Report on vaccination proceedings throughout the Government of Bengal -
Year: 1868
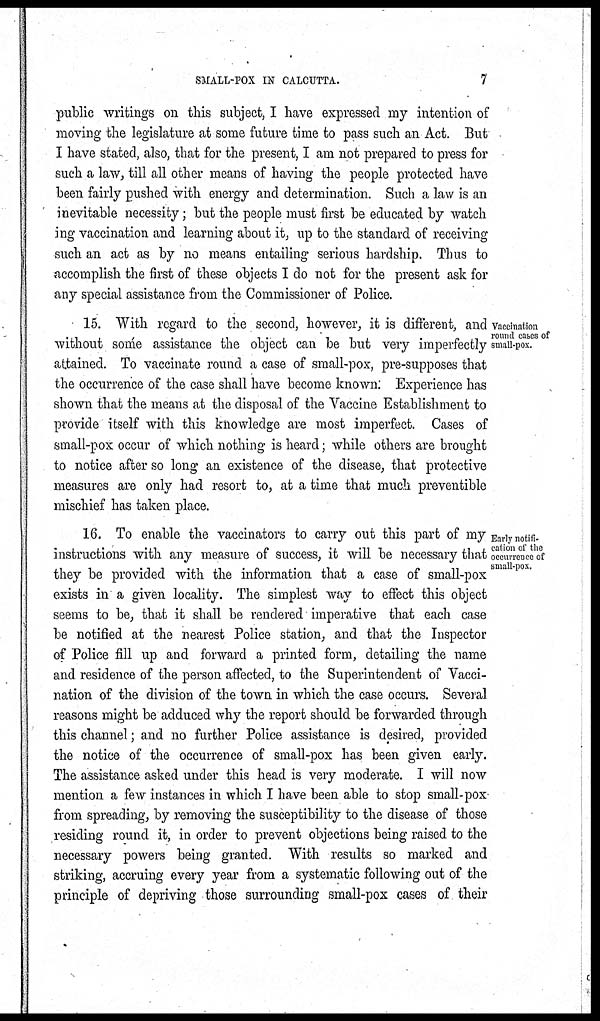
SMALL-POX IN CALCUTTA.
7
public writings on this subject, I have expressed my intention of
moving the legislature at some future time to pass such an Act. But
I have stated, also, that for the present, I am not prepared to press for
such a law, till all other means of having the people protected have
been fairly pushed with energy and determination. Such a law is an
inevitable necessity; but the people must first be educated by watch
ing vaccination and learning about it, up to the standard of receiving
such an act as by no means entailing serious hardship. Thus to
accomplish the first of these objects I do not for the present ask for
any special assistance from the Commissioner of Police.
Vaccination
round cases of
small-pox.
15. With regard to the second, however, it is different, and
without some assistance the object can be but very imperfectly
attained. To vaccinate round a case of small-pox, pre-supposes that
the occurrence of the case shall have become known. Experience has
shown that the means at the disposal of the Vaccine Establishment to
provide itself with this knowledge are most imperfect. Cases of
small-pox occur of which nothing is heard; while others are brought
to notice after so long an existence of the disease, that protective
measures are only had resort to, at a time that much preventible
mischief has taken place.
Early notifi-
cation of the
occurrence of
small-pox.
16. To enable the vaccinators to carry out this part of my
instructions with any measure of success, it will be necessary that
they be provided with the information that a case of small-pox
exists in a given locality. The simplest way to effect this object
seems to be, that it shall be rendered imperative that each case
be notified at the nearest Police station, and that the Inspector
of Police fill up and forward a printed form, detailing the name
and residence of the person affected, to the Superintendent of Vacci-
nation of the division of the town in which the case occurs. Several
reasons might be adduced why the report should be forwarded through
this channel; and no further Police assistance is desired, provided
the notice of the occurrence of small-pox has been given early.
The assistance asked under this head is very moderate. I will now
mention a few instances in which I have been able to stop small-pox
from spreading, by removing the susceptibility to the disease of those
residing round it, in order to prevent objections being raised to the
necessary powers being granted. With results so marked and
striking, accruing every year from a systematic following out of the
principle of depriving those surrounding small-pox cases of their